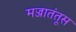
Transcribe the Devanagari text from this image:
मज्जातंतूस